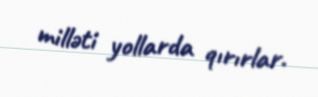
milləti yollarda qırırlar.